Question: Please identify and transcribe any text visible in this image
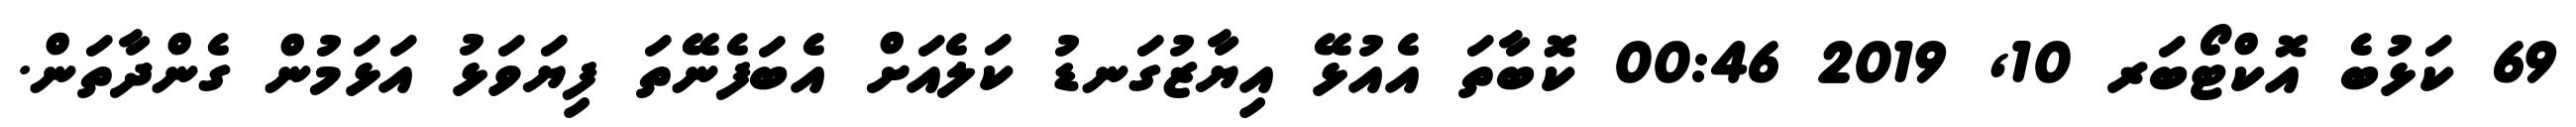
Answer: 69 ކަޅުބެ އޮކްޓޯބަރ 10, 2019 00:46 ކޮބާތަ އެއުޅޭ އިޔާޒުގަނޑު ކަލެއަށް އެބަފެނޭތަ ފިޔަވަޅު އަޅަމުން ގެންދާތަން.